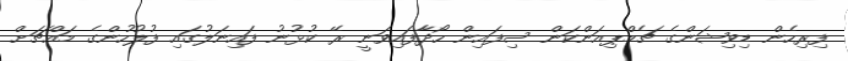
ފިރިހެން ޑިވިޝަންގެ ޗެމްޕިއަންކަން ސިފައިން ހޯދާފައިވަނީ ރޭ ކުޅުނު ފައިނަލުގައި ފުލުހުންގެ މައްޗަށް